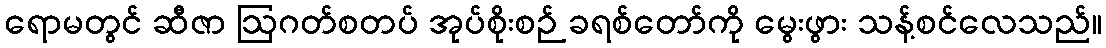
ရောမတွင် ဆီဇာ ဩဂတ်စတပ် အုပ်စိုးစဉ် ခရစ်တော်ကို မွေးဖွား သန့်စင်လေသည်။